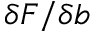
\delta F / \delta b